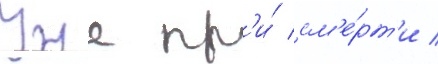
Уже пр'и́ см'е́рт'и /